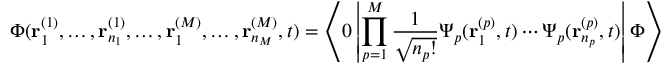
\Phi ( { \bf r } _ { 1 } ^ { ( 1 ) } , \ldots , { \bf r } _ { n _ { 1 } } ^ { ( 1 ) } , \ldots , { \bf r } _ { 1 } ^ { ( M ) } , \ldots , { \bf r } _ { n _ { M } } ^ { ( M ) } , t ) = \left\langle 0 \left| \prod _ { p = 1 } ^ { M } \frac { 1 } { \sqrt { n _ { p } ! } } \Psi _ { p } ( { \bf r } _ { 1 } ^ { ( p ) } , t ) \cdots \Psi _ { p } ( { \bf r } _ { n _ { p } } ^ { ( p ) } , t ) \right| \Phi \right\rangle